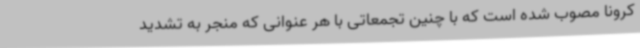
کرونا مصوب شده است که با چنین تجمعاتی با هر عنوانی که منجر به تشدید